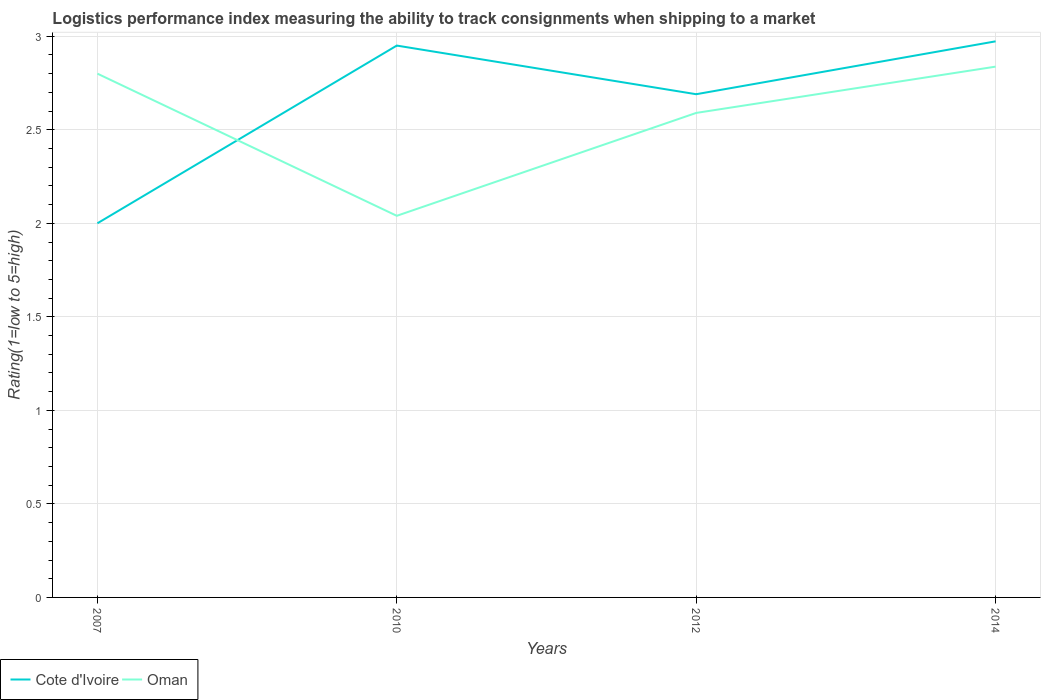
| Years | Cote d'Ivoire | Oman |
 | --- | --- | --- |
 | 2007 | 2 | 2.8 |
 | 2010 | 2.95 | 2.04 |
 | 2012 | 2.69 | 2.59 |
 | 2014 | 2.97 | 2.84 |